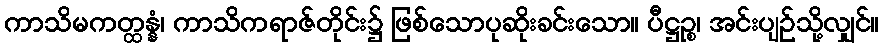
ကာသိမကတ္ထန္နံ၊ ကာသိကရာဇ်တိုင်း၌ ဖြစ်သောပုဆိုးခင်းသော။ ပီဋ္ဌဉ္စ၊ အင်းပျဉ်သို့လျှင်။